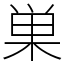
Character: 巣